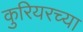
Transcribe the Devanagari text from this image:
कुरियरच्या